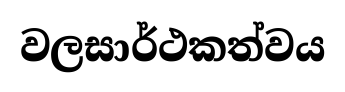
වලසාර්ථකත්වය